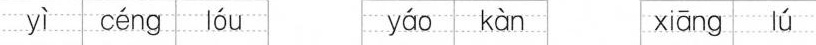
yì céng lóu yáo kàn xiāng lú